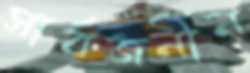
সার্বজনীন